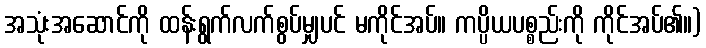
အသုံးအဆောင်ကို ထန်းရွက်လက်စွပ်မျှပင် မကိုင်အပ်။ ကပ္ပိယပစ္စည်းကို ကိုင်အပ်၏။)